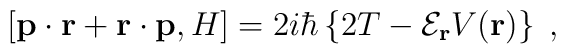
\left[ {\bf p} \cdot {\bf r}+  {\bf r} \cdot {\bf p}, H\right]= 2 i \hbar\left\{2 T -{\mathcal E}_{\bf r}   V ({\bf r})\right\}\; ,